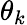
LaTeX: \theta_{k}